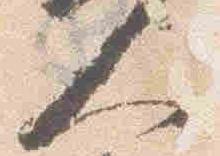
人